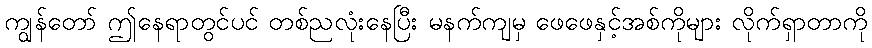
ကျွန်တော် ဤနေရာတွင်ပင် တစ်ညလုံးနေပြီး မနက်ကျမှ ဖေဖေနှင့်အစ်ကိုများ လိုက်ရှာတာကို